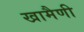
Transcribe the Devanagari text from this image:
खामैणी